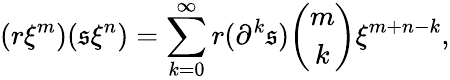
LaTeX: (r\xi^{m})(\mathfrak{s}\xi^{n})=\sum_{k=0}^{\infty}r(\partial^{k}\mathfrak{s}){\binom{m}{k}}\xi^{m+n-k},